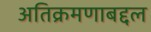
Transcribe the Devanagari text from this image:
अतिक्रमणाबद्दल